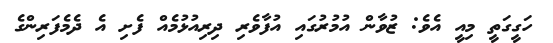
ހަގީގަތީ މިއީ އެވެ: ޒުވާން އުމުރުގައި އުފާވެރި ދިރިއުޅުމެއް ފެށި އެ ދެމެފަރިންގެ